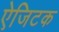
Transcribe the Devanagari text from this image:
ऐजिटक